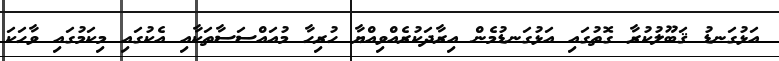
އަޅުގަނޑު ޤަބޫލުކުރާ ގޮތުގައި އަޅުގަނޑުމެން އިރާދަކުރެއްވިއްޔާ ހުރިހާ މުއައްސަސާތަކާއި އެކުގައި މިކަމުގައި ވާހަކަ